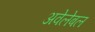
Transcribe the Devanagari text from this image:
अवेलेबल